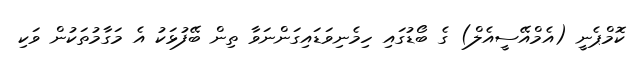
ކޮމްޕެނީ (އެމްއޭސީއެލް) ގެ ބޯޑުގައި ހިމެނިވަޑައިގަންނަވާ ތިން ބޭފުޅަކު އެ މަގާމުތަކުން ވަކި